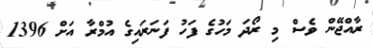
ރާއްޖޭން ވެސް މި ރޯދަ މަހުގެ ފަހު ފަނަރައިގެ އުމްރާ އަށް 1396